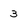
Character: 3